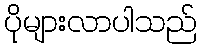
ပိုများလာပါသည်